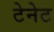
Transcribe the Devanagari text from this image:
टेनेट